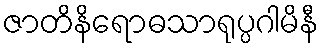
ဇာတိနိရောဓသာရုပ္ပဂါမိနီ